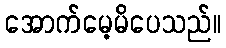
အောက်မေ့မိပေသည်။